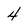
Character: 4